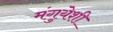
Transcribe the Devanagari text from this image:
मंगुयेशी